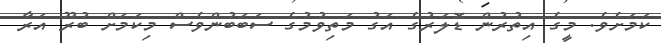
ކަމަށެވެ. މީގެ އިތުރުން ޑޮލަރުގެ އަގު މަތިވުމުގެ ސަބަބުންވެސް މިކަމަށް ބުރޫ އަރާ